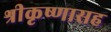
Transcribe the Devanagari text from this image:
श्रीकृष्णासह